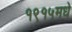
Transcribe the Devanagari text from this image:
१९१५मधे